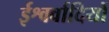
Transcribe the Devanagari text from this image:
ईश्वर्वादियों